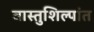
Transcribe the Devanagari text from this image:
वास्तुशिल्पांत